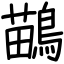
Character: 鶓